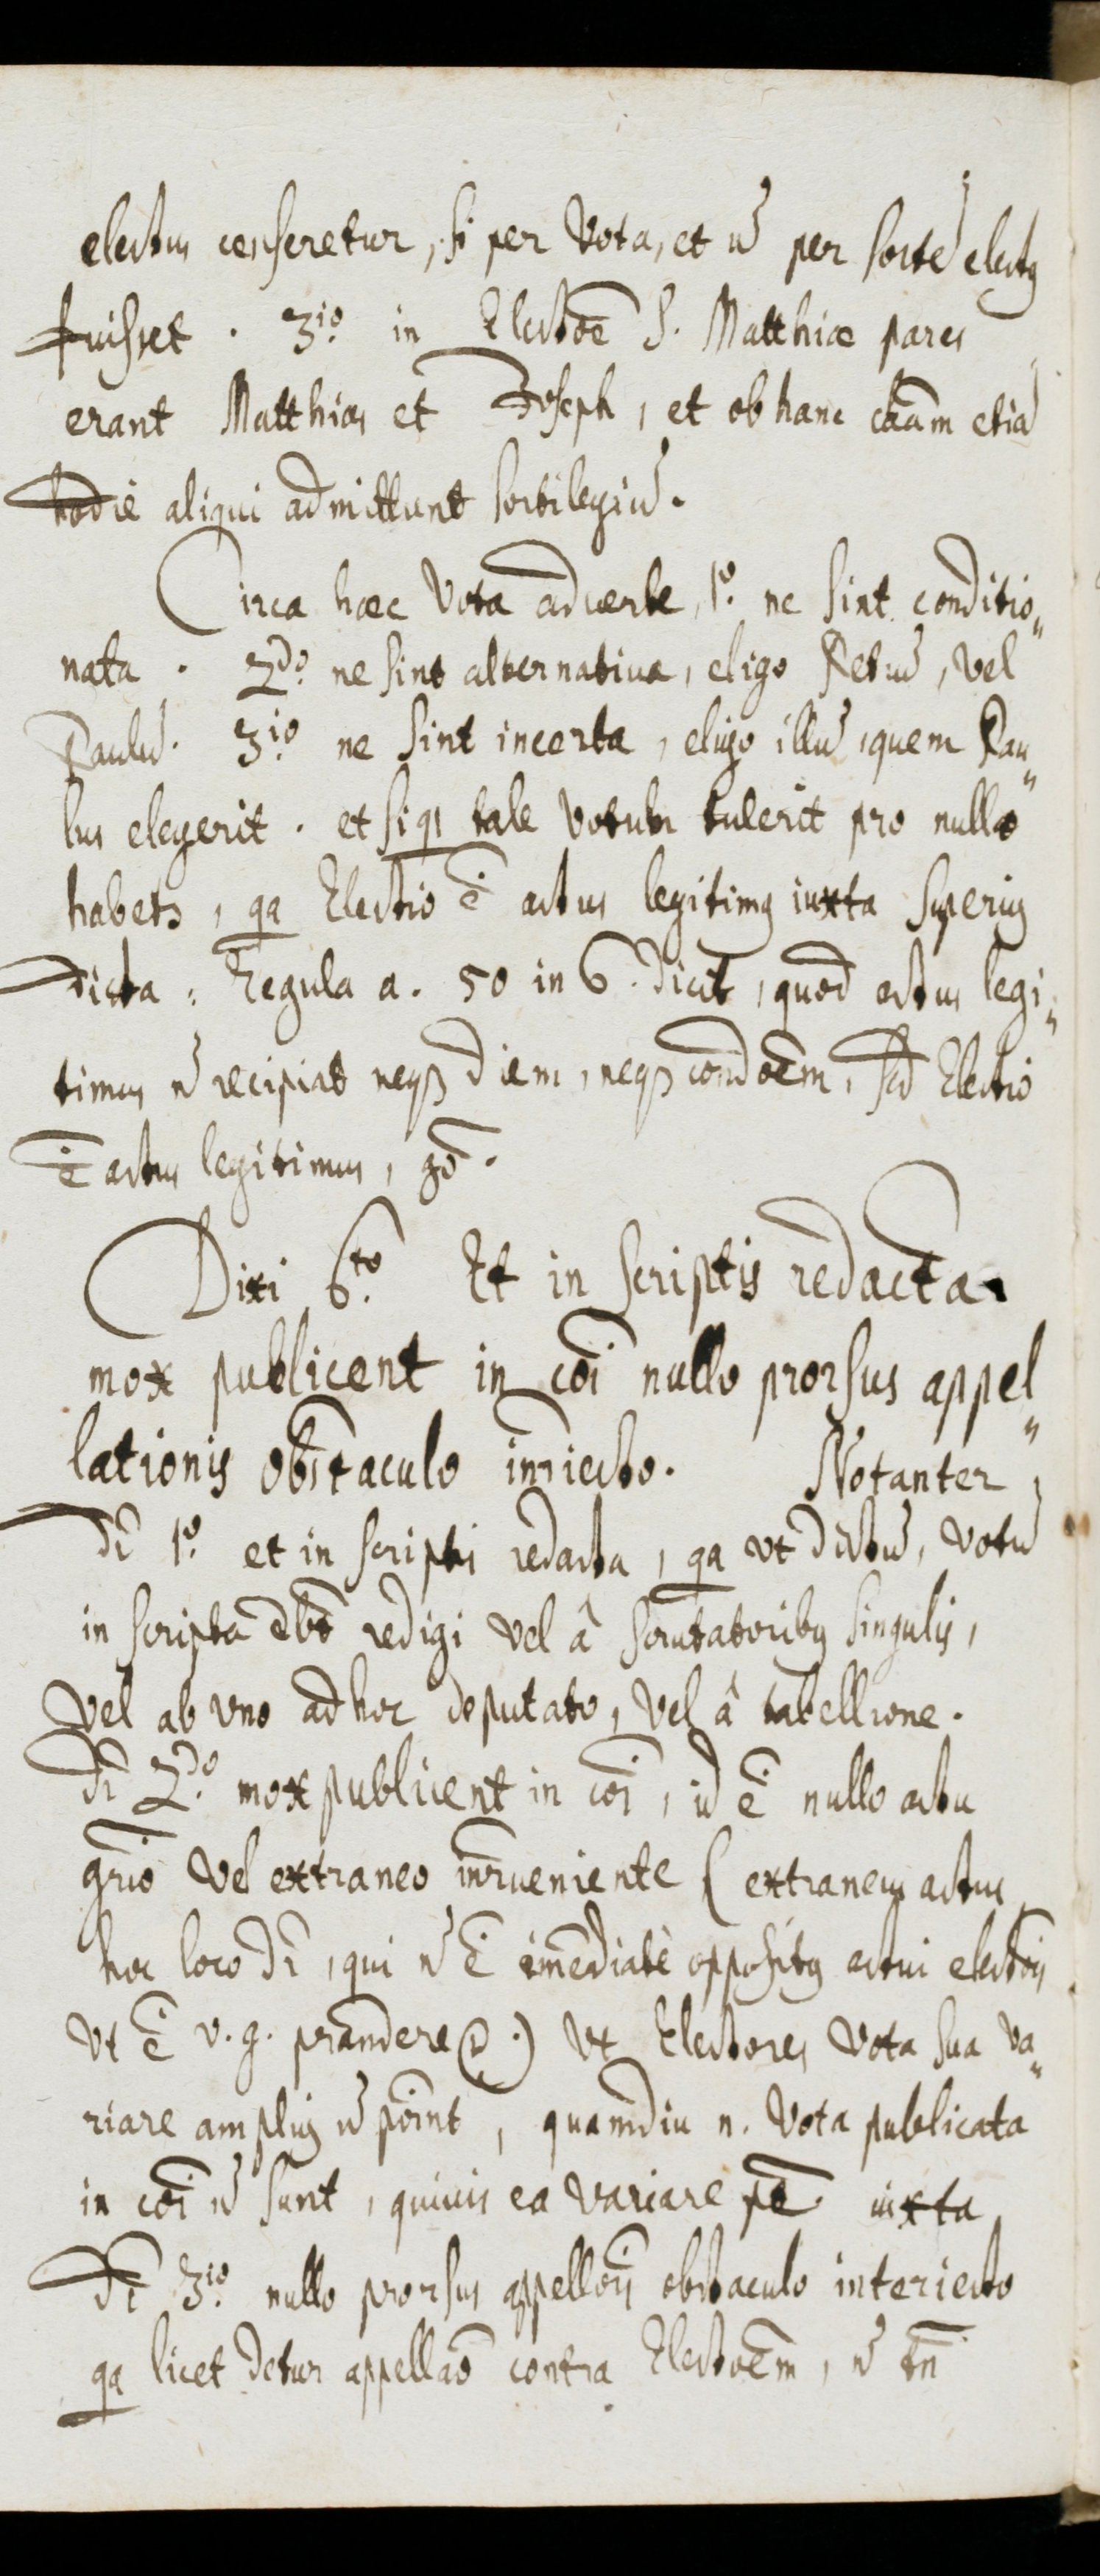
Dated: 1655–1655